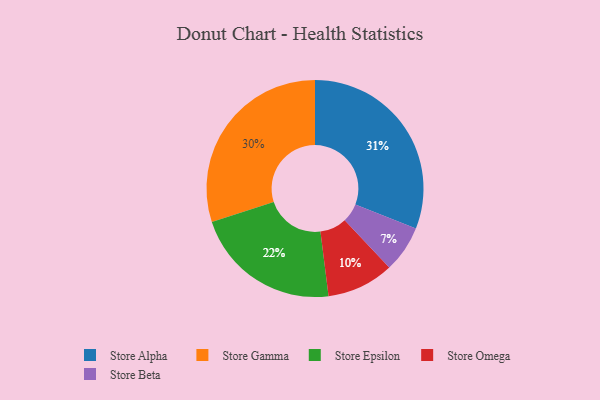
{"axis": {"x": "Category", "y": "Percentage"}, "legend": ["Store Alpha", "Store Beta", "Store Epsilon", "Store Gamma", "Store Omega"], "data": [{"x": "Store Omega", "y": 10, "type": "Store Omega"}, {"x": "Store Alpha", "y": 31, "type": "Store Alpha"}, {"x": "Store Epsilon", "y": 22, "type": "Store Epsilon"}, {"x": "Store Gamma", "y": 30, "type": "Store Gamma"}, {"x": "Store Beta", "y": 7, "type": "Store Beta"}]}